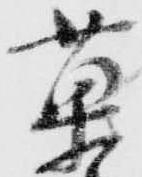
菓